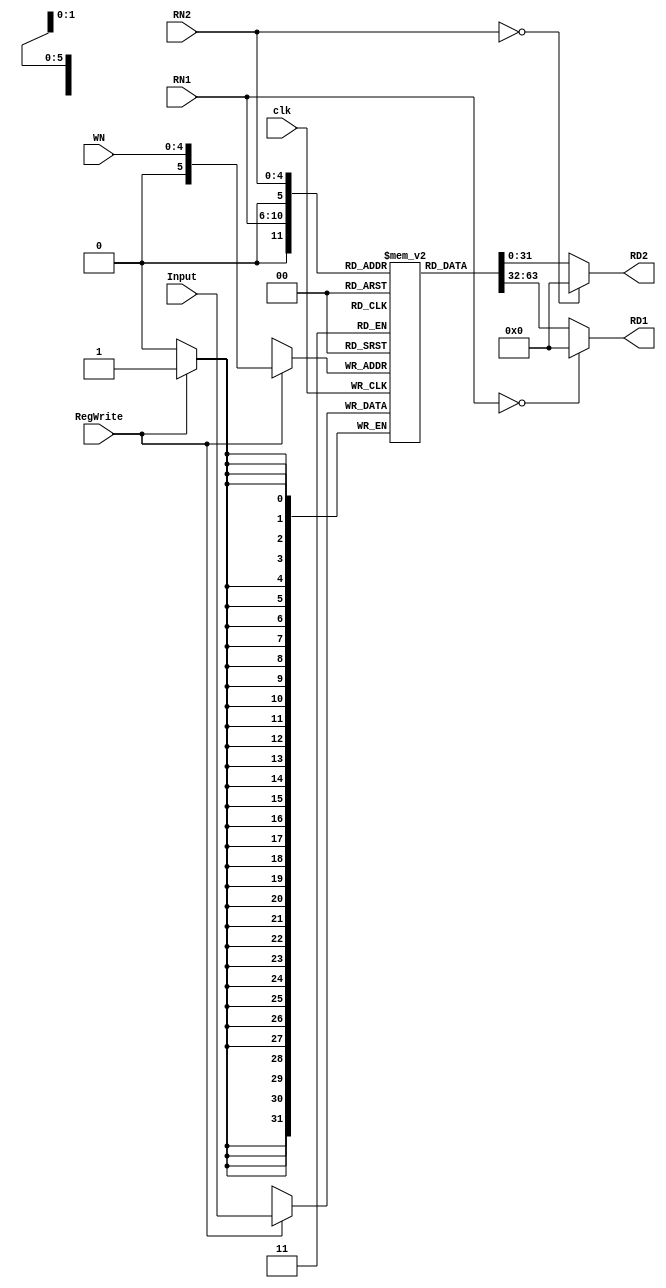
module regfile (
	input  clk,
	input  [ 4:0] RN1,
	input  [ 4:0] RN2,
    input [4:0] WN,
	output [31:0] RD1,
	output [31:0] RD2,
    input [31:0] Input,
    input RegWrite,
);

	reg [31:0] regbank[63:0];
    reg [31:0]WD;
    

	always @(RN1 or regbank[RN1]) begin
		if (0 == RN1) begin
			RD1 = 0;
		end else begin
			RD1 = regbank[RN1];
		end
	end

	always @(RN2 or regbank[RN2]) begin
		if (0 == RN2) begin
			RD2 = 0;
		end else begin
			RD2 = regbank[RN2];
		end
	end

	always@ (posedge clk) begin
		if(RegWrite==1'b1) begin
            regbank[WN]=Input;
        end
	end

endmodule